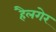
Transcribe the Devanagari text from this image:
हैलगेर